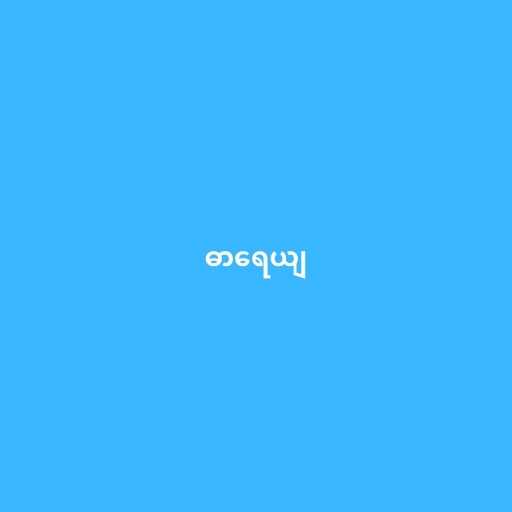
ဓာရေယျ